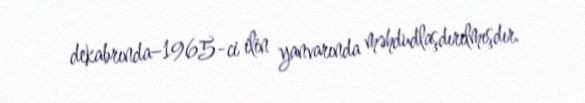
dekabrında–1965-ci ilin yanvarında məhdudlaşdırılmışdır.